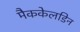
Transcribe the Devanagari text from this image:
मैककेलडिन